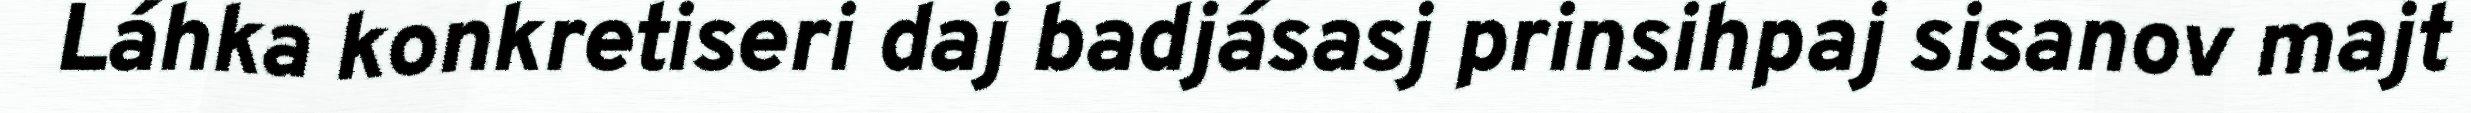
Láhka konkretiseri daj badjásasj prinsihpaj sisanov majt